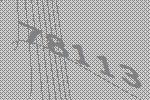
78113